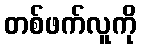
တစ်ဖက်လူကို